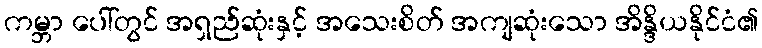
ကမ္ဘာ ပေါ်တွင် အရှည်ဆုံးနှင့် အသေးစိတ် အကျဆုံးသော အိန္ဒိယနိုင်ငံ၏